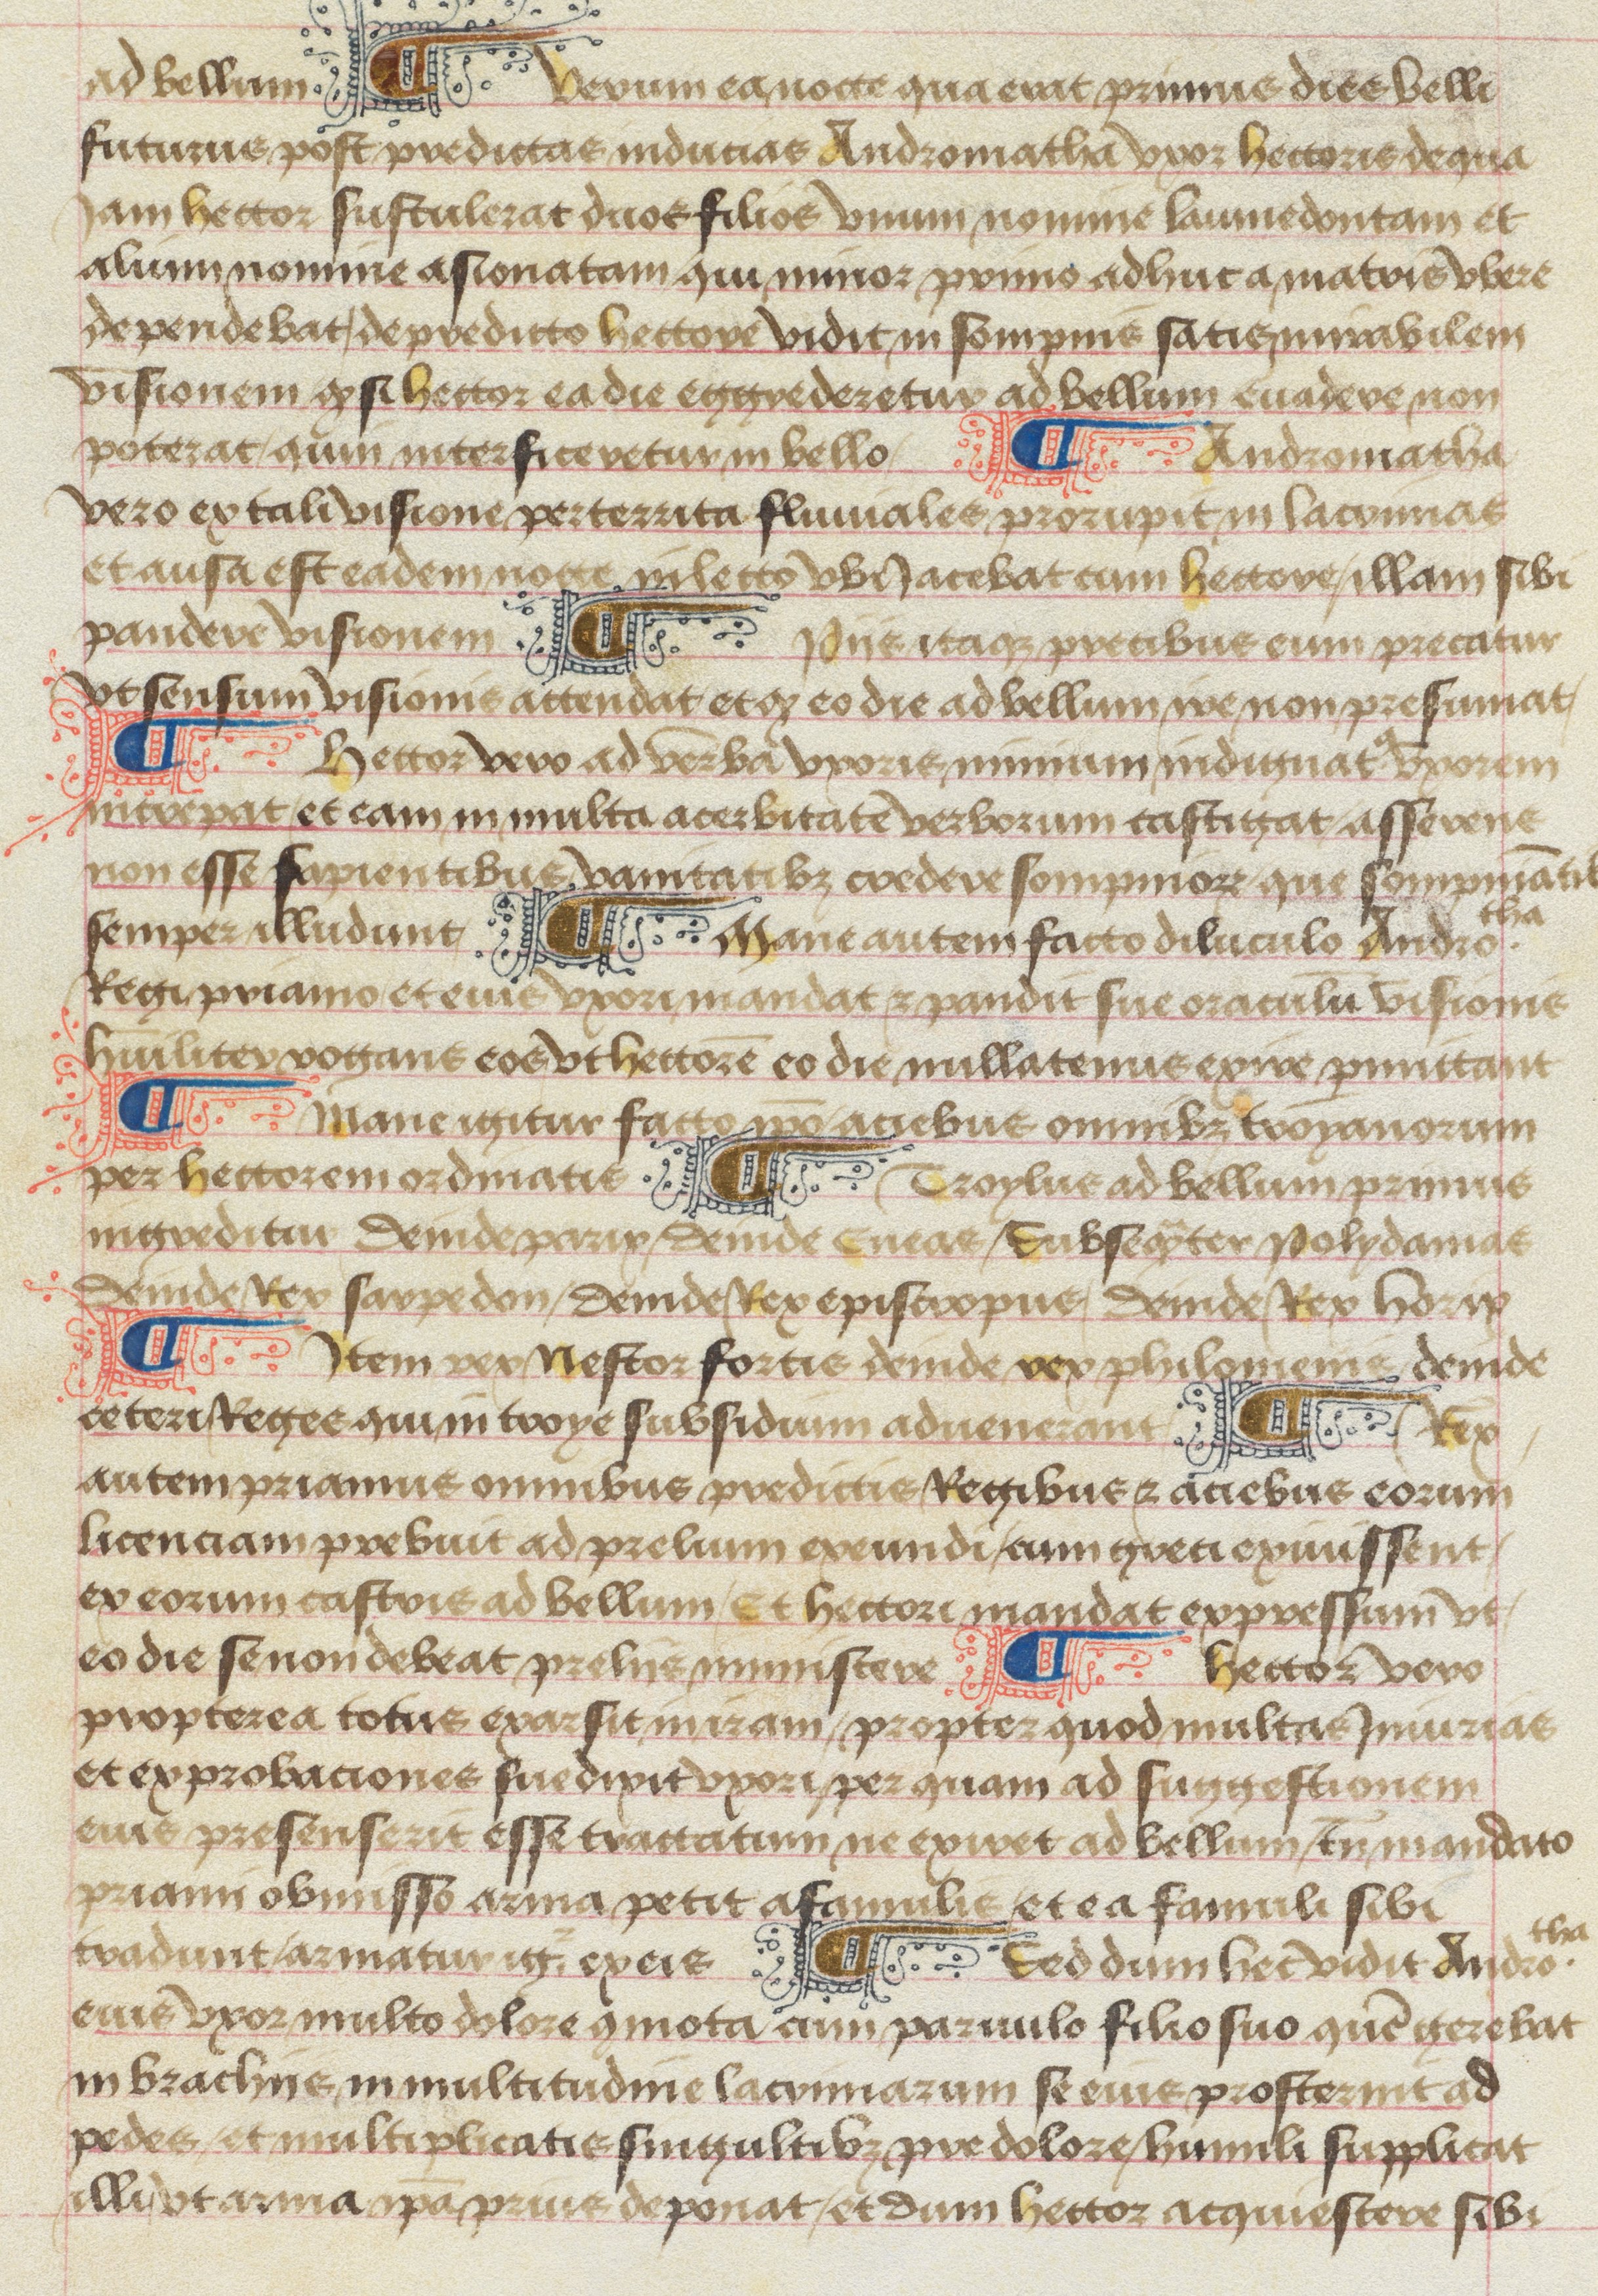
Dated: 1475–1499